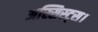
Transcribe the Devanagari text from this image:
अस्सिस्ट्स।